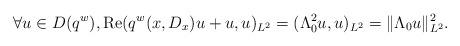
LaTeX: \begin{align*}\forall u \in D(q^w), \textrm{Re}(q^w(x,D_x)u+u,u)_{L^2}=(\Lambda_0^2u,u)_{L^2}=\|\Lambda_0u\|_{L^2}^2.\end{align*}